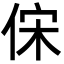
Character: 俕